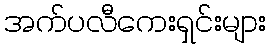
အက်ပလီကေးရှင်းများ